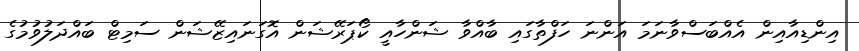
އިންޑިއާއިން އެއްބަސްވާނަމަ އަންނަ ހަފްތާގައި ބާއްވާ ޝަންހާއީ ކޯޕަރޭޝަން އޮގަނައިޒޭޝަން ސަމިޓް ބައްދަލުވުމުގެ